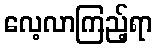
လေ့လာကြည့်ရာ